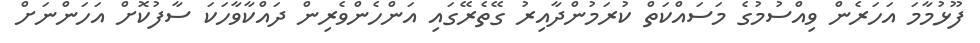
ފޫޅުމާމަ އަހަރެން ވިއްސުމުގެ މަސައްކަތް ކުރަމުންދާއިރު ގޭތެރޭގައި އަންހެންވެރިން ދައްކާވާހަކަ ސާފުކޮށް އަހަންނަށް